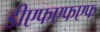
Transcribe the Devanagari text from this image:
डीएफएफएफ